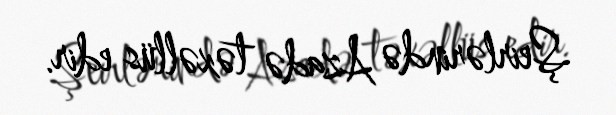
Şeirlərində Azadə təxəllüs edir.